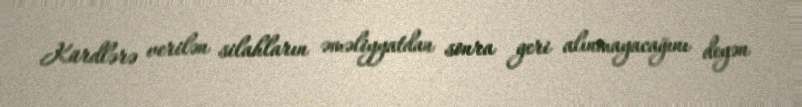
Kürdlərə verilən silahların əməliyyatdan sonra geri alınmayacağını deyən